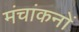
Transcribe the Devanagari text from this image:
मंचांकनों